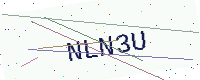
Text: NLN3U